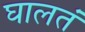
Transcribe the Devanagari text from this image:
घालतं